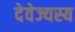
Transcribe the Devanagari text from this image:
देवेज्यस्य